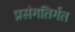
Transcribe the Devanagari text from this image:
प्रसंगतिर्गत